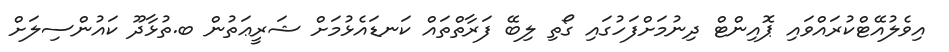
އިވެލުއޭޓްކުރައްވައި ޕޮއިންޓް ދިނުމަށްފަހުގައި ގޯތި ލިބޭ ފަރާތްތައް ކަނޑައެޅުމަށް ޝަރީޢަތުން ބ.ތުޅާދޫ ކައުންސިލަށް